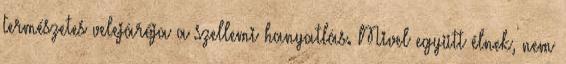
természetes velejárója a szellemi hanyatlás. Mivel együtt élnek, nem